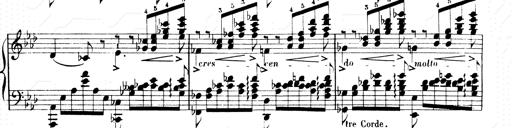
Title: 2 Transcriptions d'aprÃ¨s Rossini
Composer: Franz Liszt